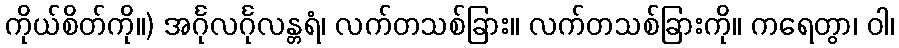
ကိုယ်စိတ်ကို။) အင်္ဂုလင်္ဂုလန္တရံ၊ လက်တသစ်ခြား။ လက်တသစ်ခြားကို။ ကရေတွာ၊ ဝါ၊